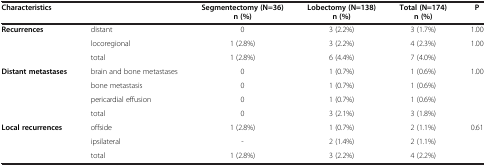
| Characteristics |  | Segmentectomy (N=36) | Lobectomy (N=138) | Total (N=174) | P |
 |  |  | n (%) | n (%) | n (%) |  |
 | --- | --- | --- | --- | --- | --- |
 | Recurrences | distant | 0 | 3 (2.2%) | 3 (1.7%) | 1.00 |
 |  | locoregional | 1 (2.8%) | 3 (2.2%) | 4 (2.3%) | 1.00 |
 |  | total | 1 (2.8%) | 6 (4.4%) | 7 (4.0%) |  |
 | Distant metastases | brain and bone metastases | 0 | 1 (0.7%) | 1 (0.6%) | 1.00 |
 |  | bone metastasis | 0 | 1 (0.7%) | 1 (0.6%) |  |
 |  | pericardial effusion | 0 | 1 (0.7%) | 1 (0.6%) |  |
 |  | total | 0 | 3 (2.1%) | 3 (1.8%) |  |
 | Local recurrences | offside | 1 (2.8%) | 1 (0.7%) | 2 (1.1%) | 0.61 |
 |  | ipsilateral | - | 2 (1.4%) | 2 (1.1%) |  |
 |  | total | 1 (2.8%) | 3 (2.2%) | 4 (2.2%) |  |